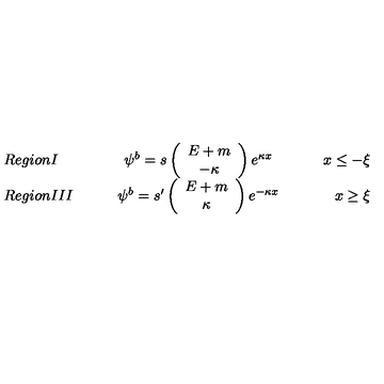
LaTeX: \begin{array} { l c r } { R e g i o n I \qquad } & { \psi ^ { b } = s \left( \begin{array} { c } { E + m } \\ { - \kappa } \\ \end{array} \right) e ^ { \kappa x } } & { \qquad x \leq - \xi } \\ { R e g i o n I I I \qquad } & { \psi ^ { b } = s ^ { \prime } \left( \begin{array} { c } { E + m } \\ { \kappa } \\ \end{array} \right) e ^ { - \kappa x } } & { \qquad x \geq \xi } \\ \end{array}